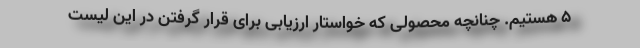
۵ هستیم. چنانچه محصولی که خواستار ارزیابی برای قرار گرفتن در این لیست